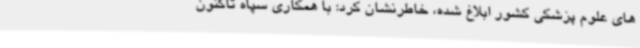
های علوم پزشکی کشور ابلاغ شده، خاطرنشان کرد: با همکاری سپاه تاکنون